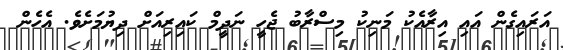
އަރައިގެން އައި އިރާއެކު މަނިކު މިސްރާބު ޖެހީ ނަދީމް ކައިރިއަށް ދިޔުމަށެވެ. އެހެން